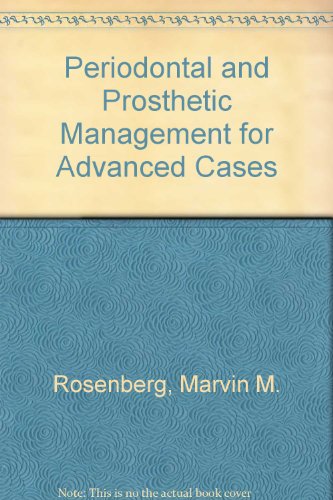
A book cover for Periodontal and Prosthetic Management for Advanced Cases; Marvin M. Rosenberg; Medical Books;